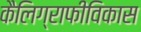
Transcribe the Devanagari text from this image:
कैलिग्राफीविकास